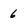
Character: 6